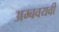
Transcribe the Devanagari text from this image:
अम्बवयवी